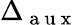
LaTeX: \Delta_{\mathrm{~a~u~x~}}